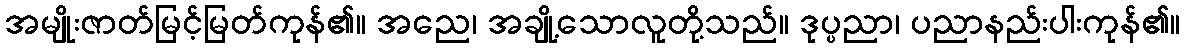
အမျိုးဇာတ်မြင့်မြတ်ကုန်၏။ အညေ၊ အချို့သောလူတို့သည်။ ဒုပ္ပညာ၊ ပညာနည်းပါးကုန်၏။